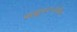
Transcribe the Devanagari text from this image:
पासुन१५पर्यन्त